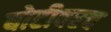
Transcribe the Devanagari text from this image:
बोटीवरच